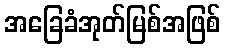
အခြေခံအုတ်မြစ်အဖြစ်